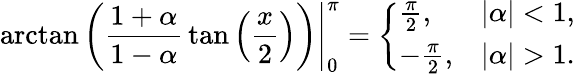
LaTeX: \left.\arctan\left({\frac{1+\alpha}{1-\alpha}}\tan\left({\frac{x}{2}}\right)\right)\right|_{0}^{\pi}={\left\{ \begin{array}{ll}{{\frac{\pi}{2}},}&{|\alpha|<1,}\\ {-{\frac{\pi}{2}},}&{|\alpha|>1.}\end{array}\right.}